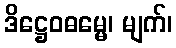
ဒိဋ္ဌေဝဓမ္မေ၊ မျက်၊